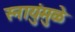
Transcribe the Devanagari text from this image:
स्नायुंमुळे